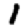
Digit: 1